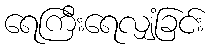
ရေကြီးရေလျှံခြင်း